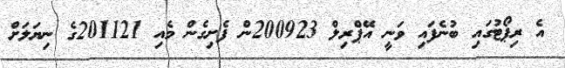
އެ ރިޕޯޓުގައި ބުނެފައި ވަނީ އޭޕްރިލް 200923ން ފެށިގެން މެއި 201121ގެ ނިޔަލަށް